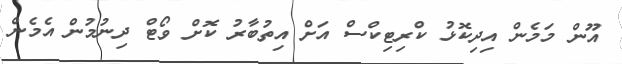
އޫން މަމެން އިިދިކޮޅު ކްރިޓިކްސް އަށް އިތުބާރު ކޮށް ވޯޓް ދިނުމުން އެމެން